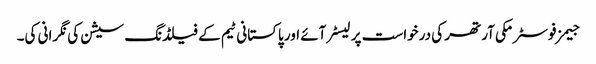
جیمز فوسٹر مکی آرتھر کی درخواست پر لیسٹر آئے اور پاکستانی ٹیم کے فیلڈنگ سیشن کی نگرانی کی۔